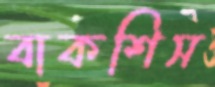
বাকশিস